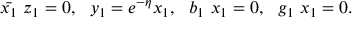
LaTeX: \bar { x _ { 1 } } ~ z _ { 1 } = 0 , ~ ~ y _ { 1 } = e ^ { - \eta } x _ { 1 } , ~ ~ b _ { 1 } ~ x _ { 1 } = 0 , ~ ~ g _ { 1 } ~ x _ { 1 } = 0 .